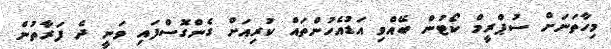
މިހާތަނަށް ސުޕްރީމް ކޯޓުން ބޭއްވި އަޑުއެހުންތައް ކުރިއަށް ގެންގޮސްފައި ވަނީ ދެ ފަރާތުން